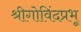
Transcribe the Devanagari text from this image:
श्रीगोविंदप्रभू